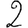
Digit: 2